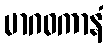
မာဂဓကာနံ